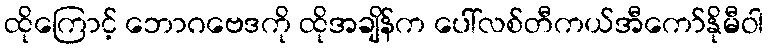
ထိုကြောင့် ဘောဂဗေဒကို ထိုအချိန်က ပေါ်လစ်တီကယ်အီကော်နိုမီဝါ